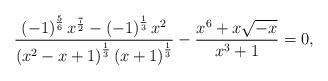
LaTeX: \begin{align*}\frac{\left(-1\right)^{\frac{5}{6}}x^{\frac{7}{2}}-\left(-1\right)^{\frac{1}{3}}x^{2}}{\left(x^{2}-x+1\right)^{\frac{1}{3}}\left(x+1\right)^{\frac{1}{3}}}-\frac{x^{6}+x\sqrt{-x}}{x^{3}+1}=0,\end{align*}